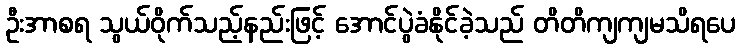
ဦးအာစရ သွယ်ဝိုက်သည့်နည်းဖြင့် အောင်ပွဲခံနိုင်ခဲ့သည် တိတိကျကျမသိရပေ